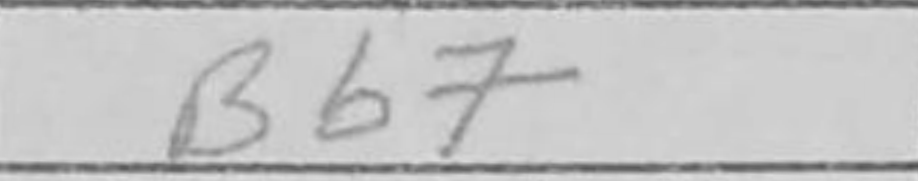
Transcription: Bb7